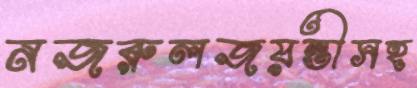
নজরুলজয়ন্তীসহ